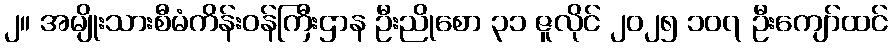
၂။ အမျိုးသားစီမံကိန်းဝန်ကြီးဌာန ဦးညိုစော ၃၁ ဇူလိုင် ၂၀၂၅ ၁၀၇ ဦးကျော်ထင်